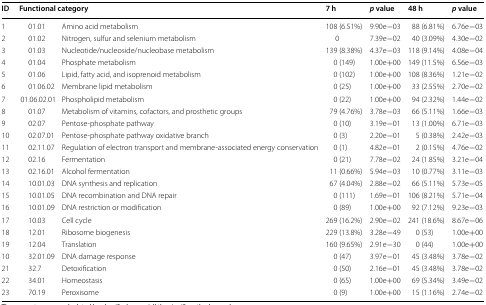
<table><thead><tr><td><b>ID</b></td><td colspan="2"><b>Functional category</b></td><td><b>7 h</b></td><td><b><i>p</i> value</b></td><td><b>48 h</b></td><td><b><i>p</i> value</b></td></tr></thead><tbody><tr><td>1</td><td>01.01</td><td>Amino acid metabolism</td><td>108 (6.51%)</td><td>9.90e−03</td><td>88 (6.81%)</td><td>6.76e−03</td></tr><tr><td>2</td><td>01.02</td><td>Nitrogen, sulfur and selenium metabolism</td><td>0</td><td>7.39e−02</td><td>40 (3.09%)</td><td>4.30e−02</td></tr><tr><td>3</td><td>01.03</td><td>Nucleotide/nucleoside/nucleobase metabolism</td><td>139 (8.38%)</td><td>4.37e−03</td><td>118 (9.14%)</td><td>4.08e−04</td></tr><tr><td>4</td><td>01.04</td><td>Phosphate metabolism</td><td>0 (149)</td><td>1.00e+00</td><td>149 (11.5%)</td><td>6.56e−03</td></tr><tr><td>5</td><td>01.06</td><td>Lipid, fatty acid, and isoprenoid metabolism</td><td>0 (102)</td><td>1.00e+00</td><td>108 (8.36%)</td><td>1.21e−02</td></tr><tr><td>6</td><td>01.06.02</td><td>Membrane lipid metabolism</td><td>0 (25)</td><td>1.00e+00</td><td>33 (2.55%)</td><td>2.70e−02</td></tr><tr><td>7</td><td>01.06.02.01</td><td>Phospholipid metabolism</td><td>0 (22)</td><td>1.00e+00</td><td>94 (2.32%)</td><td>1.44e−02</td></tr><tr><td>8</td><td>01.07</td><td>Metabolism of vitamins, cofactors, and prosthetic groups</td><td>79 (4.76%)</td><td>3.78e−03</td><td>66 (5.11%)</td><td>1.66e−03</td></tr><tr><td>9</td><td>02.07</td><td>Pentose-phosphate pathway</td><td>0 (10)</td><td>3.19e−01</td><td>13 (1.00%)</td><td>6.71e−03</td></tr><tr><td>10</td><td>02.07.01</td><td>Pentose-phosphate pathway oxidative branch</td><td>0 (3)</td><td>2.20e−01</td><td>5 (0.38%)</td><td>2.42e−03</td></tr><tr><td>11</td><td>02.11.07</td><td>Regulation of electron transport and membrane-associated energy conservation</td><td>0 (1)</td><td>4.82e−01</td><td>2 (0.15%)</td><td>4.76e−02</td></tr><tr><td>12</td><td>02.16</td><td>Fermentation</td><td>0 (21)</td><td>7.78e−02</td><td>24 (1.85%)</td><td>3.21e−04</td></tr><tr><td>13</td><td>02.16.01</td><td>Alcohol fermentation</td><td>11 (0.66%)</td><td>5.94e−03</td><td>10 (0.77%)</td><td>3.11e−03</td></tr><tr><td>14</td><td>10.01.03</td><td>DNA synthesis and replication</td><td>67 (4.04%)</td><td>2.88e−02</td><td>66 (5.11%)</td><td>5.73e−05</td></tr><tr><td>15</td><td>10.01.05</td><td>DNA recombination and DNA repair</td><td>0 (111)</td><td>1.69e−01</td><td>106 (8.21%)</td><td>5.71e−04</td></tr><tr><td>16</td><td>10.01.09</td><td>DNA restriction or modification</td><td>0 (89)</td><td>1.00e+00</td><td>92 (7.12%)</td><td>9.23e−03</td></tr><tr><td>17</td><td>10.03</td><td>Cell cycle</td><td>269 (16.2%)</td><td>2.90e−02</td><td>241 (18.6%)</td><td>8.67e−06</td></tr><tr><td>18</td><td>12.01</td><td>Ribosome biogenesis</td><td>229 (13.8%)</td><td>3.28e−49</td><td>0 (53)</td><td>1.00e+00</td></tr><tr><td>19</td><td>12.04</td><td>Translation</td><td>160 (9.65%)</td><td>2.91e−30</td><td>0 (44)</td><td>1.00e+00</td></tr><tr><td>10</td><td>32.01.09</td><td>DNA damage response</td><td>0 (47)</td><td>3.97e−01</td><td>45 (3.48%)</td><td>3.78e−02</td></tr><tr><td>21</td><td>32.7</td><td>Detoxification</td><td>0 (50)</td><td>2.16e−01</td><td>45 (3.48%)</td><td>3.78e−02</td></tr><tr><td>22</td><td>34.01</td><td>Homeostasis</td><td>0 (65)</td><td>1.00e+00</td><td>69 (5.34%)</td><td>3.49e−02</td></tr><tr><td>23</td><td>70.19</td><td>Peroxisome</td><td>0 (9)</td><td>1.00e+00</td><td>15 (1.16%)</td><td>2.74e−02</td></tr></tbody></table>